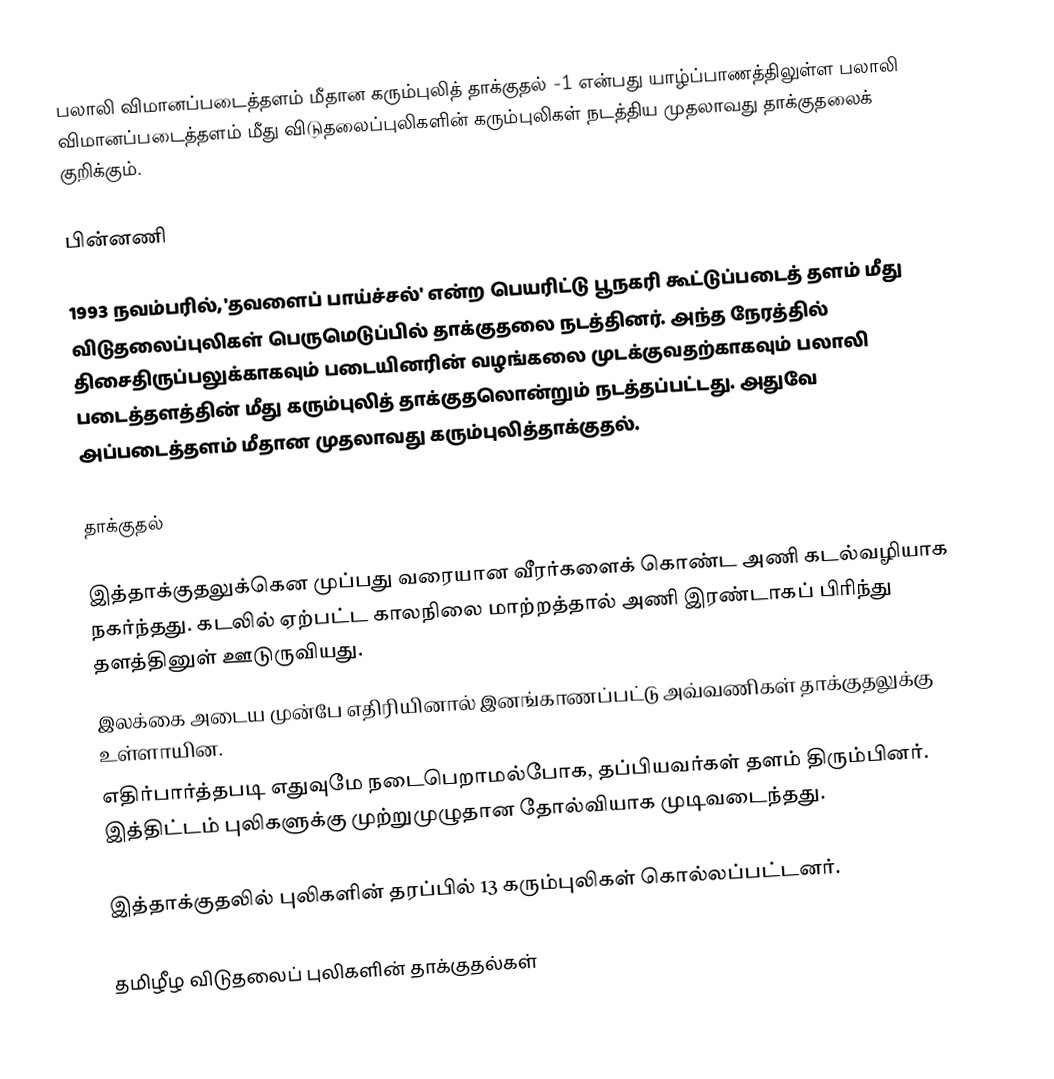
பலாலி விமானப்படைத்தளம் மீதான கரும்புலித் தாக்குதல் -1 என்பது யாழ்ப்பாணத்திலுள்ள பலாலி விமானப்படைத்தளம் மீது விடுதலைப்புலிகளின் கரும்புலிகள் நடத்திய முதலாவது தாக்குதலைக் குறிக்கும்.

பின்னணி

1993 நவம்பரில், 'தவளைப் பாய்ச்சல்' என்ற பெயரிட்டு பூநகரி கூட்டுப்படைத் தளம் மீது விடுதலைப்புலிகள் பெருமெடுப்பில் தாக்குதலை நடத்தினர். அந்த நேரத்தில் திசைதிருப்பலுக்காகவும் படையினரின் வழங்கலை முடக்குவதற்காகவும் பலாலி படைத்தளத்தின் மீது கரும்புலித் தாக்குதலொன்றும் நடத்தப்பட்டது. அதுவே அப்படைத்தளம் மீதான முதலாவது கரும்புலித்தாக்குதல்.

தாக்குதல்

இத்தாக்குதலுக்கென முப்பது வரையான வீரர்களைக் கொண்ட அணி கடல்வழியாக  நகர்ந்தது. கடலில் ஏற்பட்ட காலநிலை மாற்றத்தால் அணி இரண்டாகப் பிரிந்து தளத்தினுள் ஊடுருவியது.
இலக்கை அடைய முன்பே எதிரியினால் இனங்காணப்பட்டு அவ்வணிகள் தாக்குதலுக்கு உள்ளாயின.
எதிர்பார்த்தபடி எதுவுமே நடைபெறாமல்போக, தப்பியவர்கள் தளம் திரும்பினர். இத்திட்டம் புலிகளுக்கு முற்றுமுழுதான தோல்வியாக முடிவடைந்தது.

இத்தாக்குதலில் புலிகளின் தரப்பில் 13 கரும்புலிகள் கொல்லப்பட்டனர்.

தமிழீழ விடுதலைப் புலிகளின் தாக்குதல்கள்